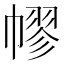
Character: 𢄪